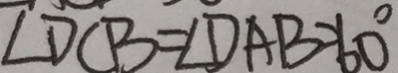
\angle D C B = \angle D A B = 6 0 ^ { \circ }